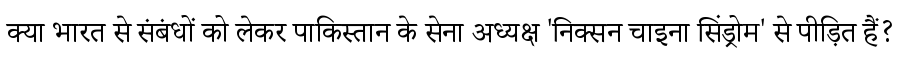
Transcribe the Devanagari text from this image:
क्या भारत से संबंधों को लेकर पाकिस्तान के सेना अध्यक्ष 'निक्सन चाइना सिंड्रोम' से पीड़ित हैं?